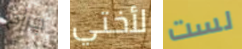
جراح لأختي لست